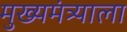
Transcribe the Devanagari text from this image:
मुख्यमंत्र्याला